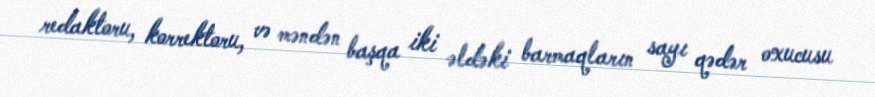
redaktoru, korrektoru, və məndən başqa iki əldəki barmaqların sayı qədər oxucusu